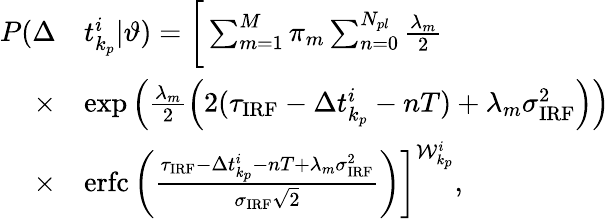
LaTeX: \begin{array}{rl}{P(\Delta}&{t_{k_{p}}^{i}|\vartheta)=\bigg[\sum_{m=1}^{M}\pi_{m}\sum_{n=0}^{N_{pl}}\frac{\lambda_{m}}{2}}\\ {\times}&{\exp\Big(\frac{\lambda_{m}}{2}\left(2(\tau_{\mathrm{IRF}}-\Delta t_{k_{p}}^{i}-nT)+\lambda_{m}\sigma_{\mathrm{IRF}}^{2}\right)\Big)}\\ {\times}&{\mathrm{erfc}\left(\frac{\tau_{\mathrm{IRF}}-\Delta t_{k_{p}}^{i}-nT+\lambda_{m}\sigma_{\mathrm{IRF}}^{2}}{\sigma_{\mathrm{IRF}}\sqrt{2}}\right)\bigg]^{\mathcal{W}_{k_{p}}^{i}},}\end{array}